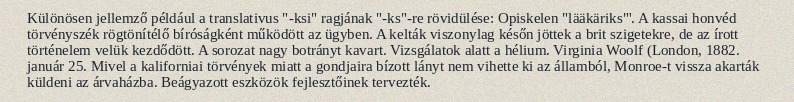
Különösen jellemző például a translativus "-ksi" ragjának "-ks"-re rövidülése: Opiskelen "lääkäriks"'. A kassai honvéd törvényszék rögtönítélő bíróságként működött az ügyben. A kelták viszonylag későn jöttek a brit szigetekre, de az írott történelem velük kezdődött. A sorozat nagy botrányt kavart. Vizsgálatok alatt a hélium. Virginia Woolf (London, 1882. január 25. Mivel a kaliforniai törvények miatt a gondjaira bízott lányt nem vihette ki az államból, Monroe-t vissza akarták küldeni az árvaházba. Beágyazott eszközök fejlesztőinek tervezték.